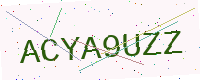
Text: ACYA9UZZ